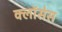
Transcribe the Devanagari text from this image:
क्लाॅसेस